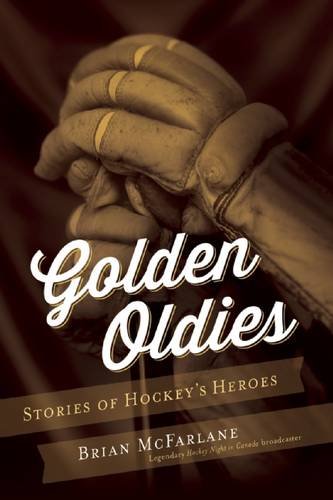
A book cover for Golden Oldies: Stories of Hockey's Heroes; Brian McFarlane; Sports & Outdoors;